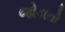
જોડાતો